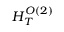
H _ { T } ^ { O ( 2 ) }